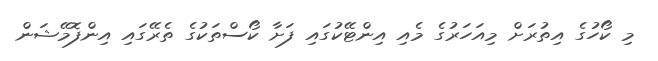
މި ކޯހުގެ އިތުރަށް މިއަހަރުގެ މެއި އިންޓޭކުގައި ފަށާ ކޯސްތަކުގެ ތެރޭގައި އިންފޮމޭޝަން